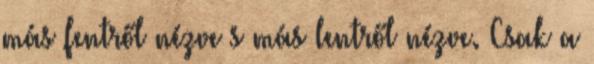
más fentről nézve s más lentről nézve. Csak a